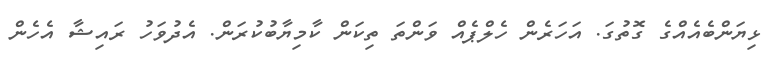
ޅިޔަންބެއެއްގެ ގޮތުގަ. އަހަރެން ހެލްޕެއް ވަންތަ ތިކަން ކާމިޔާބުކުރަން. އެދުވަހު ރައިޝާ އެހެން